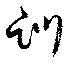
訓